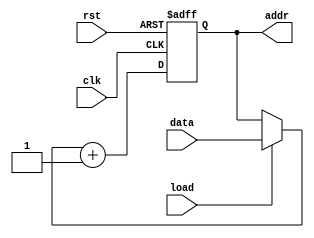
module pc
#(
	parameter NBITS = 8
)
(
	input              clk, rst,
	input              load,
	input  [NBITS-1:0] data,
	output [NBITS-1:0] addr
);

reg  [NBITS-1:0] cnt;
wire [NBITS-1:0] val = (load) ? data : cnt;

always @ (posedge clk or posedge rst) begin
	if (rst)
		cnt <= 0;
	else
		cnt <= val + {{NBITS-1{1'b0}}, {1'b1}};
end

assign addr = cnt;

endmodule